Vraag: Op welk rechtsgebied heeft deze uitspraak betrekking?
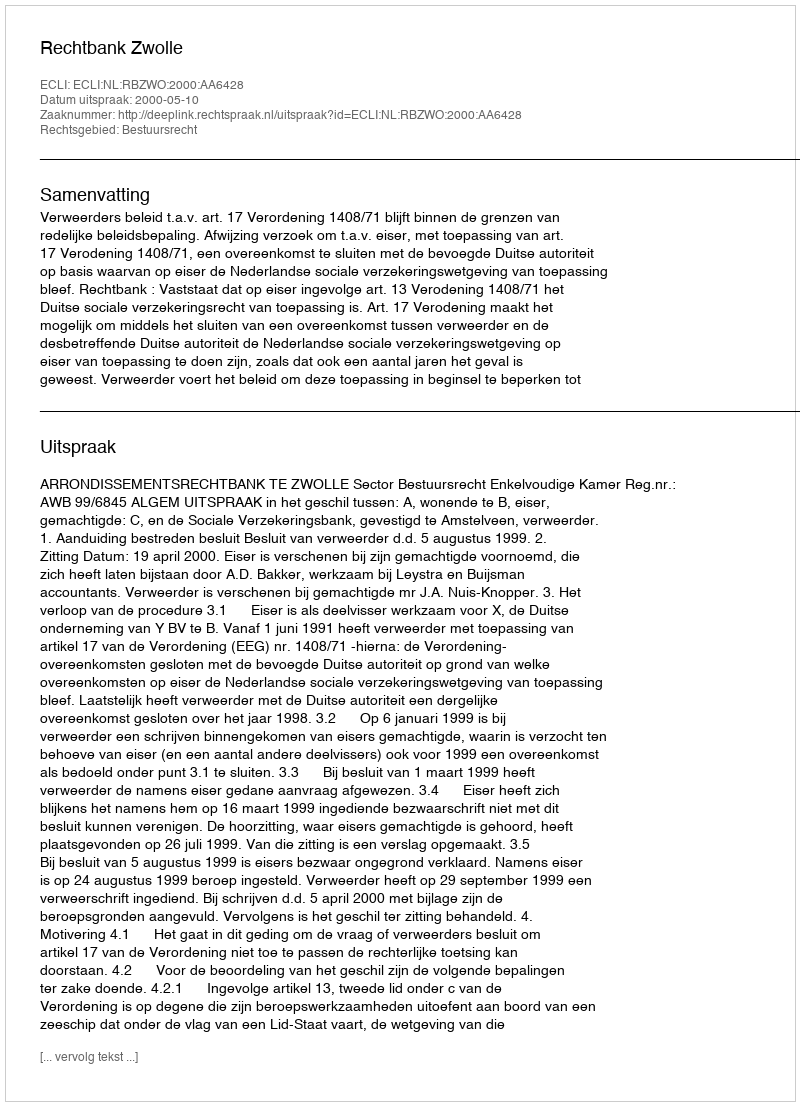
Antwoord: Bestuursrecht